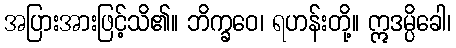
အပြားအားဖြင့်သိ၏။ ဘိက္ခဝေ၊ ရဟန်းတို့။ ဣဒမ္ပိခေါ၊